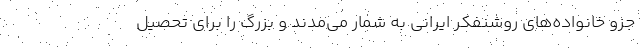
جزو خانواده‌های روشنفکر ایرانی به شمار می‌مدند و بزرگ را برای تحصیل